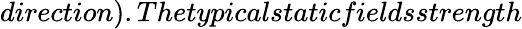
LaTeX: direction).Thetypicalstaticfieldsstrength